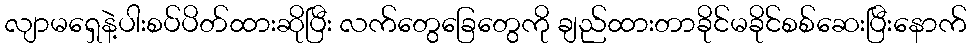
လျာမရှေနဲ့ပါးစပ်ပိတ်ထားဆိုပြီး လက်တွေခြေတွေကို ချည်ထားတာခိုင်မခိုင်စစ်ဆေးပြီးနောက်